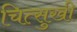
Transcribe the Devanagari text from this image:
चित्सुखी